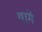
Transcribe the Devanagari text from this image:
यागे